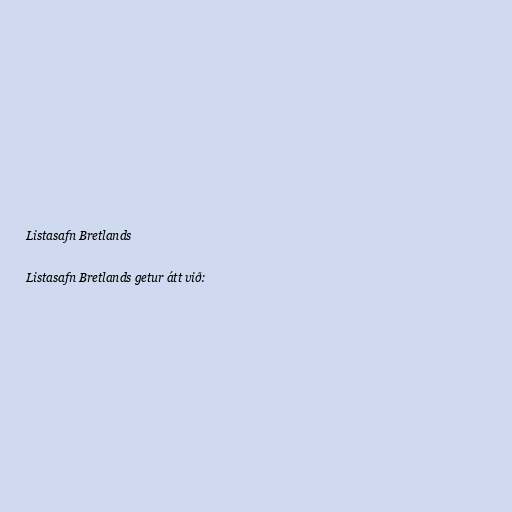
Listasafn Bretlands

Listasafn Bretlands getur átt við: